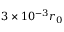
3 \times 1 0 ^ { - 3 } r _ { 0 }